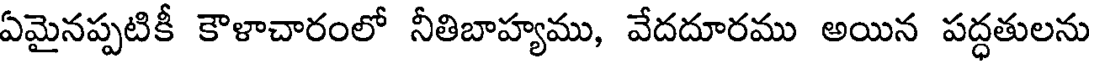
ఏమైనప్పటికీ కౌళాచారంలో నీతిబాహ్యము, వేదదూరము అయిన పద్ధతులను